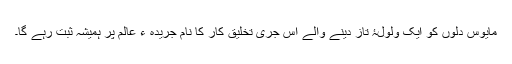
مایوس دلوں کو ایک ولولۂ تاز دینے والے اس جری تخلیق کار کا نام جریدہ ء عالم پر ہمیشہ ثبت رہے گا۔